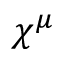
\chi ^ { \mu }